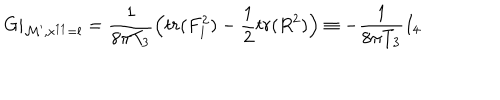
G \vert _ { { \cal M } ^ { \prime } , x ^ { 1 1 } = l } = { \frac { 1 } { 8 \pi T _ { 3 } } } \Big ( t r ( F _ { 1 } ^ { 2 } ) - { \frac { 1 } { 2 } } t r ( R ^ { 2 } ) \Big ) \equiv - { \frac { 1 } { 8 \pi T _ { 3 } } } I _ { 4 }